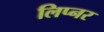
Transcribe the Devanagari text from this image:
लिप्नर